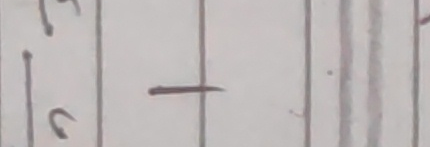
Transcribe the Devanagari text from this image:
भन्ने